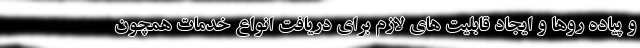
و پیاده روها و ایجاد قابلیت های لازم برای دریافت انواع خدمات همچون